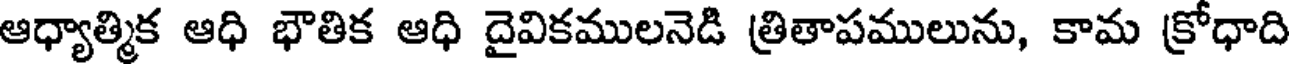
ఆధ్యాత్మిక ఆధి భౌతిక ఆధి దైవికములనెడి త్రితాపములును, కామ క్రోధాది